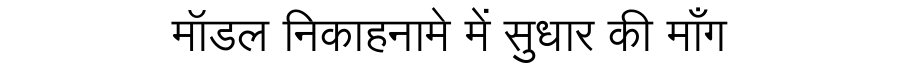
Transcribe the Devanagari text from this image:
मॉडल निकाहनामे में सुधार की माँग